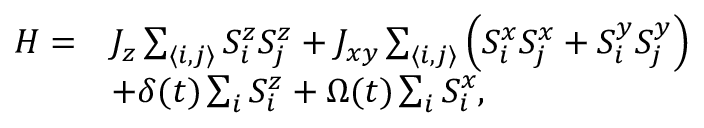
\begin{array} { r l } { H = } & { J _ { z } \sum _ { \langle i , j \rangle } S _ { i } ^ { z } S _ { j } ^ { z } + J _ { x y } \sum _ { \langle i , j \rangle } \left( S _ { i } ^ { x } S _ { j } ^ { x } + S _ { i } ^ { y } S _ { j } ^ { y } \right) } \\ & { + \delta ( t ) \sum _ { i } S _ { i } ^ { z } + \Omega ( t ) \sum _ { i } S _ { i } ^ { x } , } \end{array}